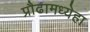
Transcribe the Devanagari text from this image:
प्रौढामध्येहा